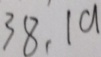
3 8 , 1 9